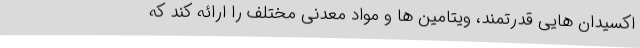
اکسیدان هایی قدرتمند، ویتامین ها و مواد معدنی مختلف را ارائه کند که